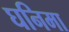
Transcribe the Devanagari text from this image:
घनिमा